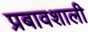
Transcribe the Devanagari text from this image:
प्रबावशाली